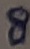
Text: 8